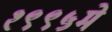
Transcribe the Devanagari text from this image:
१९९५मे